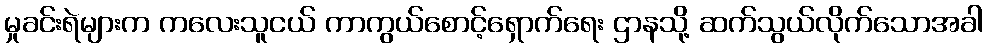
မှုခင်းရဲများက ကလေးသူငယ် ကာကွယ်စောင့်ရှောက်ရေး ဌာနသို့ ဆက်သွယ်လိုက်သောအခါ